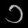
Digit: ၁